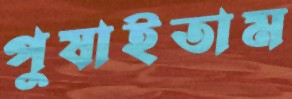
পুষাইতাম